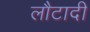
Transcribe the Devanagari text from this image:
लौटादी